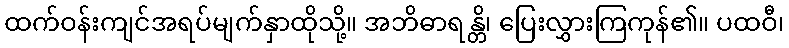
ထက်ဝန်းကျင်အရပ်မျက်နှာထိုသို့။ အဘိဓာရန္တိ၊ ပြေးလွှားကြကုန်၏။ ပထဝီ၊